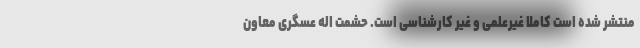
منتشر شده است کاملا غیرعلمی و غیر کارشناسی است. حشمت اله عسگری معاون